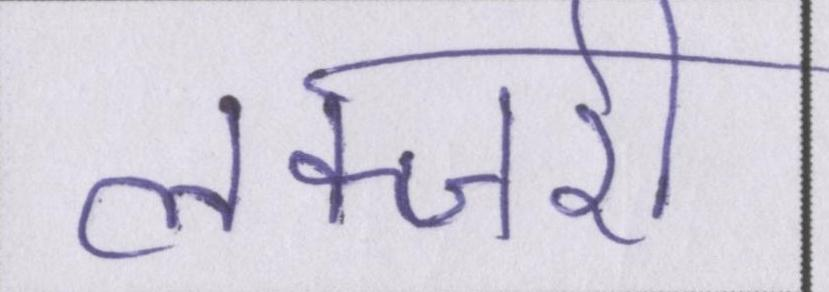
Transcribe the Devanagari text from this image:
लक्जरी